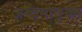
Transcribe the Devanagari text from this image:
अष्ट्मातृका